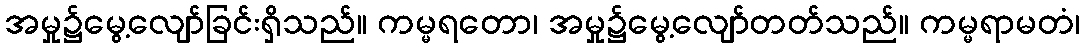
အမှု၌မွေ့လျော်ခြင်းရှိသည်။ ကမ္မရတော၊ အမှု၌မွေ့လျော်တတ်သည်။ ကမ္မရာမတံ၊